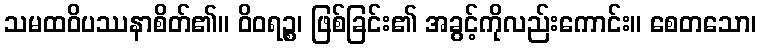
သမထဝိပဿနာစိတ်၏။ ဝိဝရဉ္စ၊ ဖြစ်ခြင်း၏ အခွင့်ကိုလည်းကောင်း။ စေတသော၊